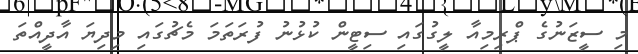
މި ސީޒަނުގެ ޕްރިމިއާ ލީގުގައި ސިޓީން ކުޅުނު ފުރަތަމަ މެޗުގައި މިދިޔަ އާދީއްތަ